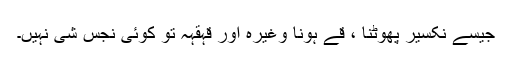
جیسے نکسیر پھوٹنا ، قے ہونا وغیرہ اور قہقہہ تو کوئی نجس شی نہیں۔